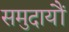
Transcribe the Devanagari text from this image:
समुदायौं